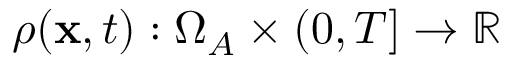
\rho ( \mathbf { x } , t ) : \Omega _ { A } \times ( 0 , T ] \rightarrow \mathbb { R }